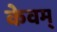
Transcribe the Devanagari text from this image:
केवम्